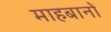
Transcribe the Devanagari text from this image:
माहबानों